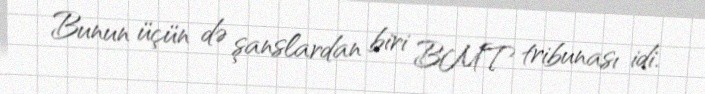
Bunun üçün də şanslardan biri BMT tribunası idi.